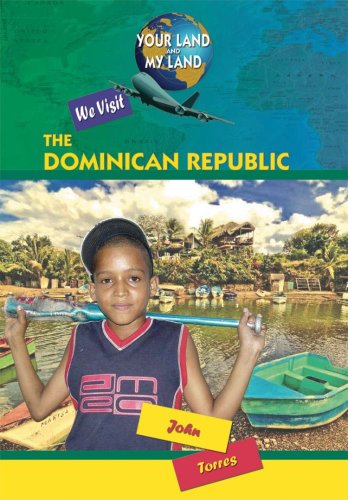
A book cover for We Visit the Dominican Republic (Your Land and My Land); John A. Torres; Travel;